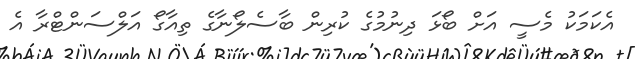
އެކަމަކު މެސީ އަށް ބޯޅަ ދިނުމުގެ ކުރިން ބާސެލޯނާގެ ތިއާގޯ އަލްސަންޓްރާ އެ